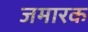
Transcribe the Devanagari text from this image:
जमारक